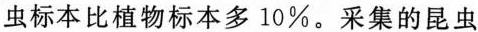
虫标本比植物标本多10\%。采集的昆虫